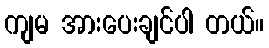
ကျမ အားပေးချင်ပါ တယ်။